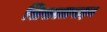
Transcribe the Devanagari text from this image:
सिसएलपाइन